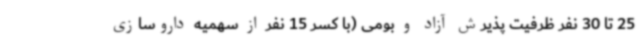
25 تا 30 نفر ظرفیت پذیرش آزاد و بومی (با کسر 15 نفر از سهمیه داروسازی